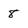
Character: 8